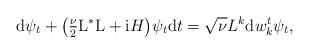
LaTeX: \begin{align*} \mathrm{d}\psi_t+\big(\tfrac{\nu}{2}\mathrm{L}^\ast\mathrm{L}+\mathrm{i}H\big)\psi_t\mathrm{d}t =\sqrt{\nu}L^k\mathrm{d}w^t_k\psi_t,\end{align*}